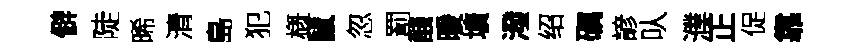
僻陡晞清島犯槪鼠忽罰醆暖壙潑绍礪諺㕥濮正促靠